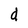
Character: d